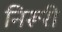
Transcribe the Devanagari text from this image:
निरूरी